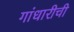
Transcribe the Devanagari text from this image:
गांधारीची